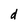
Character: d